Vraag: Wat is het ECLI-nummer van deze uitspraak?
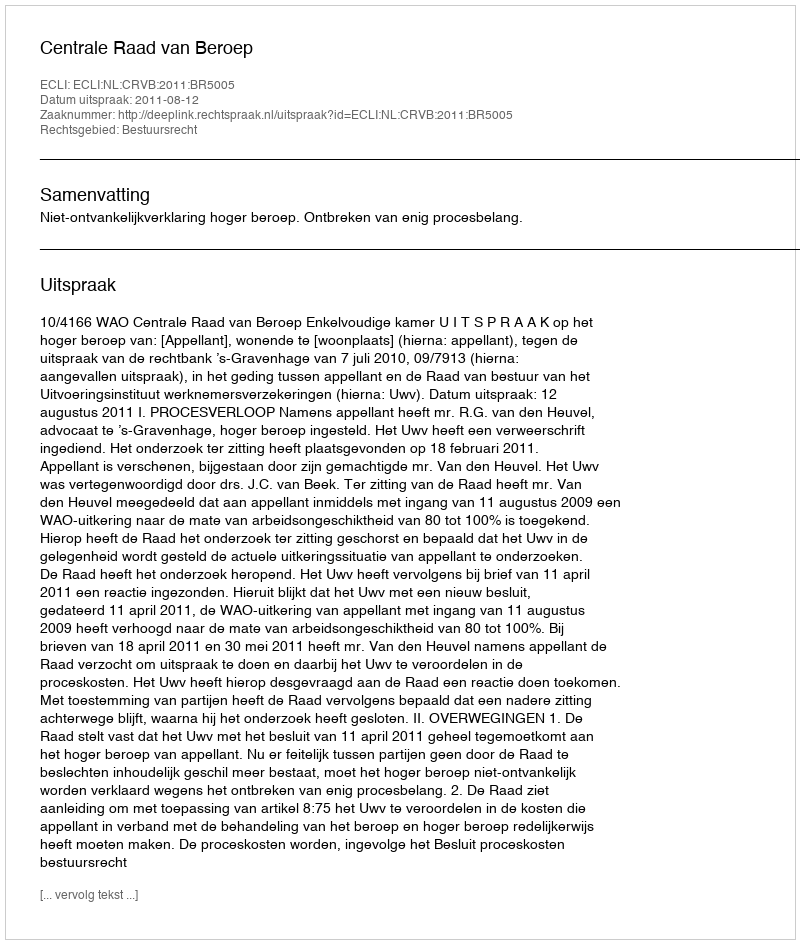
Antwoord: ECLI:NL:CRVB:2011:BR5005